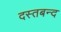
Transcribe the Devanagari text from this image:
दस्तबन्द